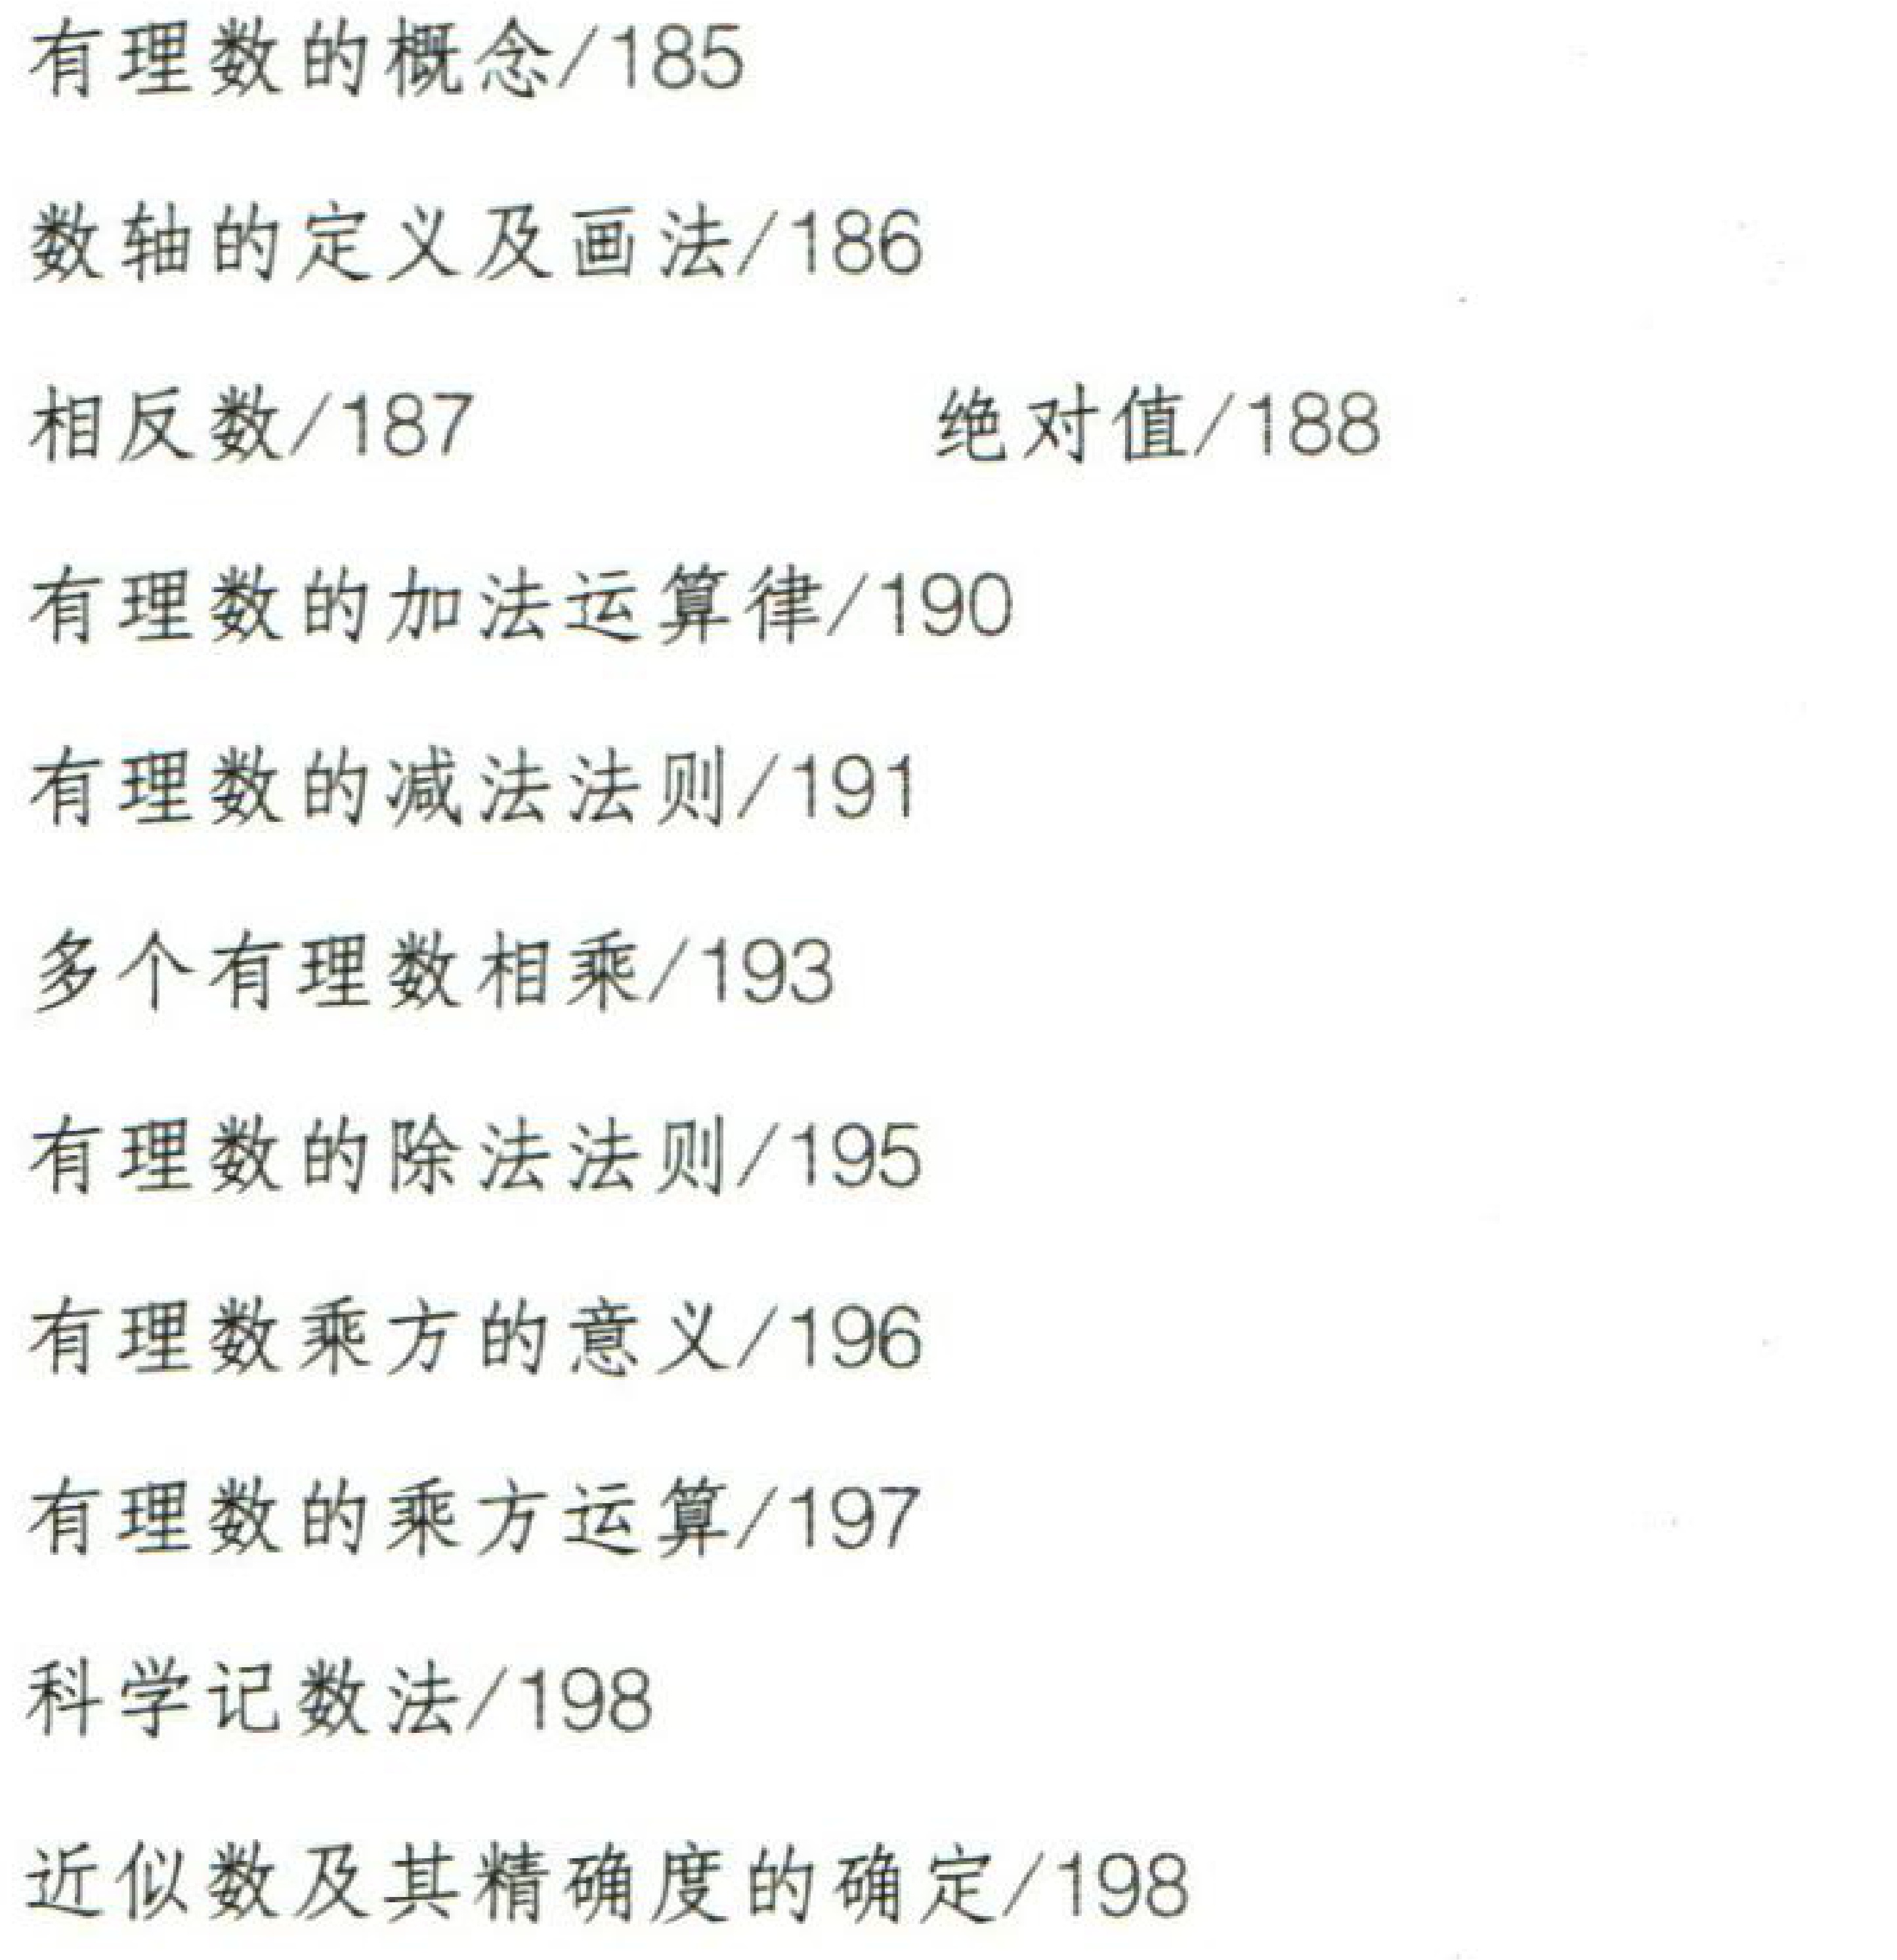
有理数的概念/185\\

数轴的定义及画法/186\\

相反数/187\quad\quad绝对值/188\\

有理数的加法运算律/190\\

有理数的减法法则/191\\

多个有理数相乘/193\\

有理数的除法法则/195\\

有理数乘方的意义/196\\

有理数的乘方运算/197\\

科学记数法/198\\

近似数及其精确度的确定/198